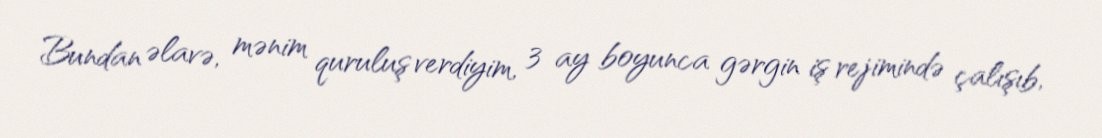
Bundan əlavə, mənim quruluş verdiyim, 3 ay boyunca gərgin iş rejimində çalışıb,